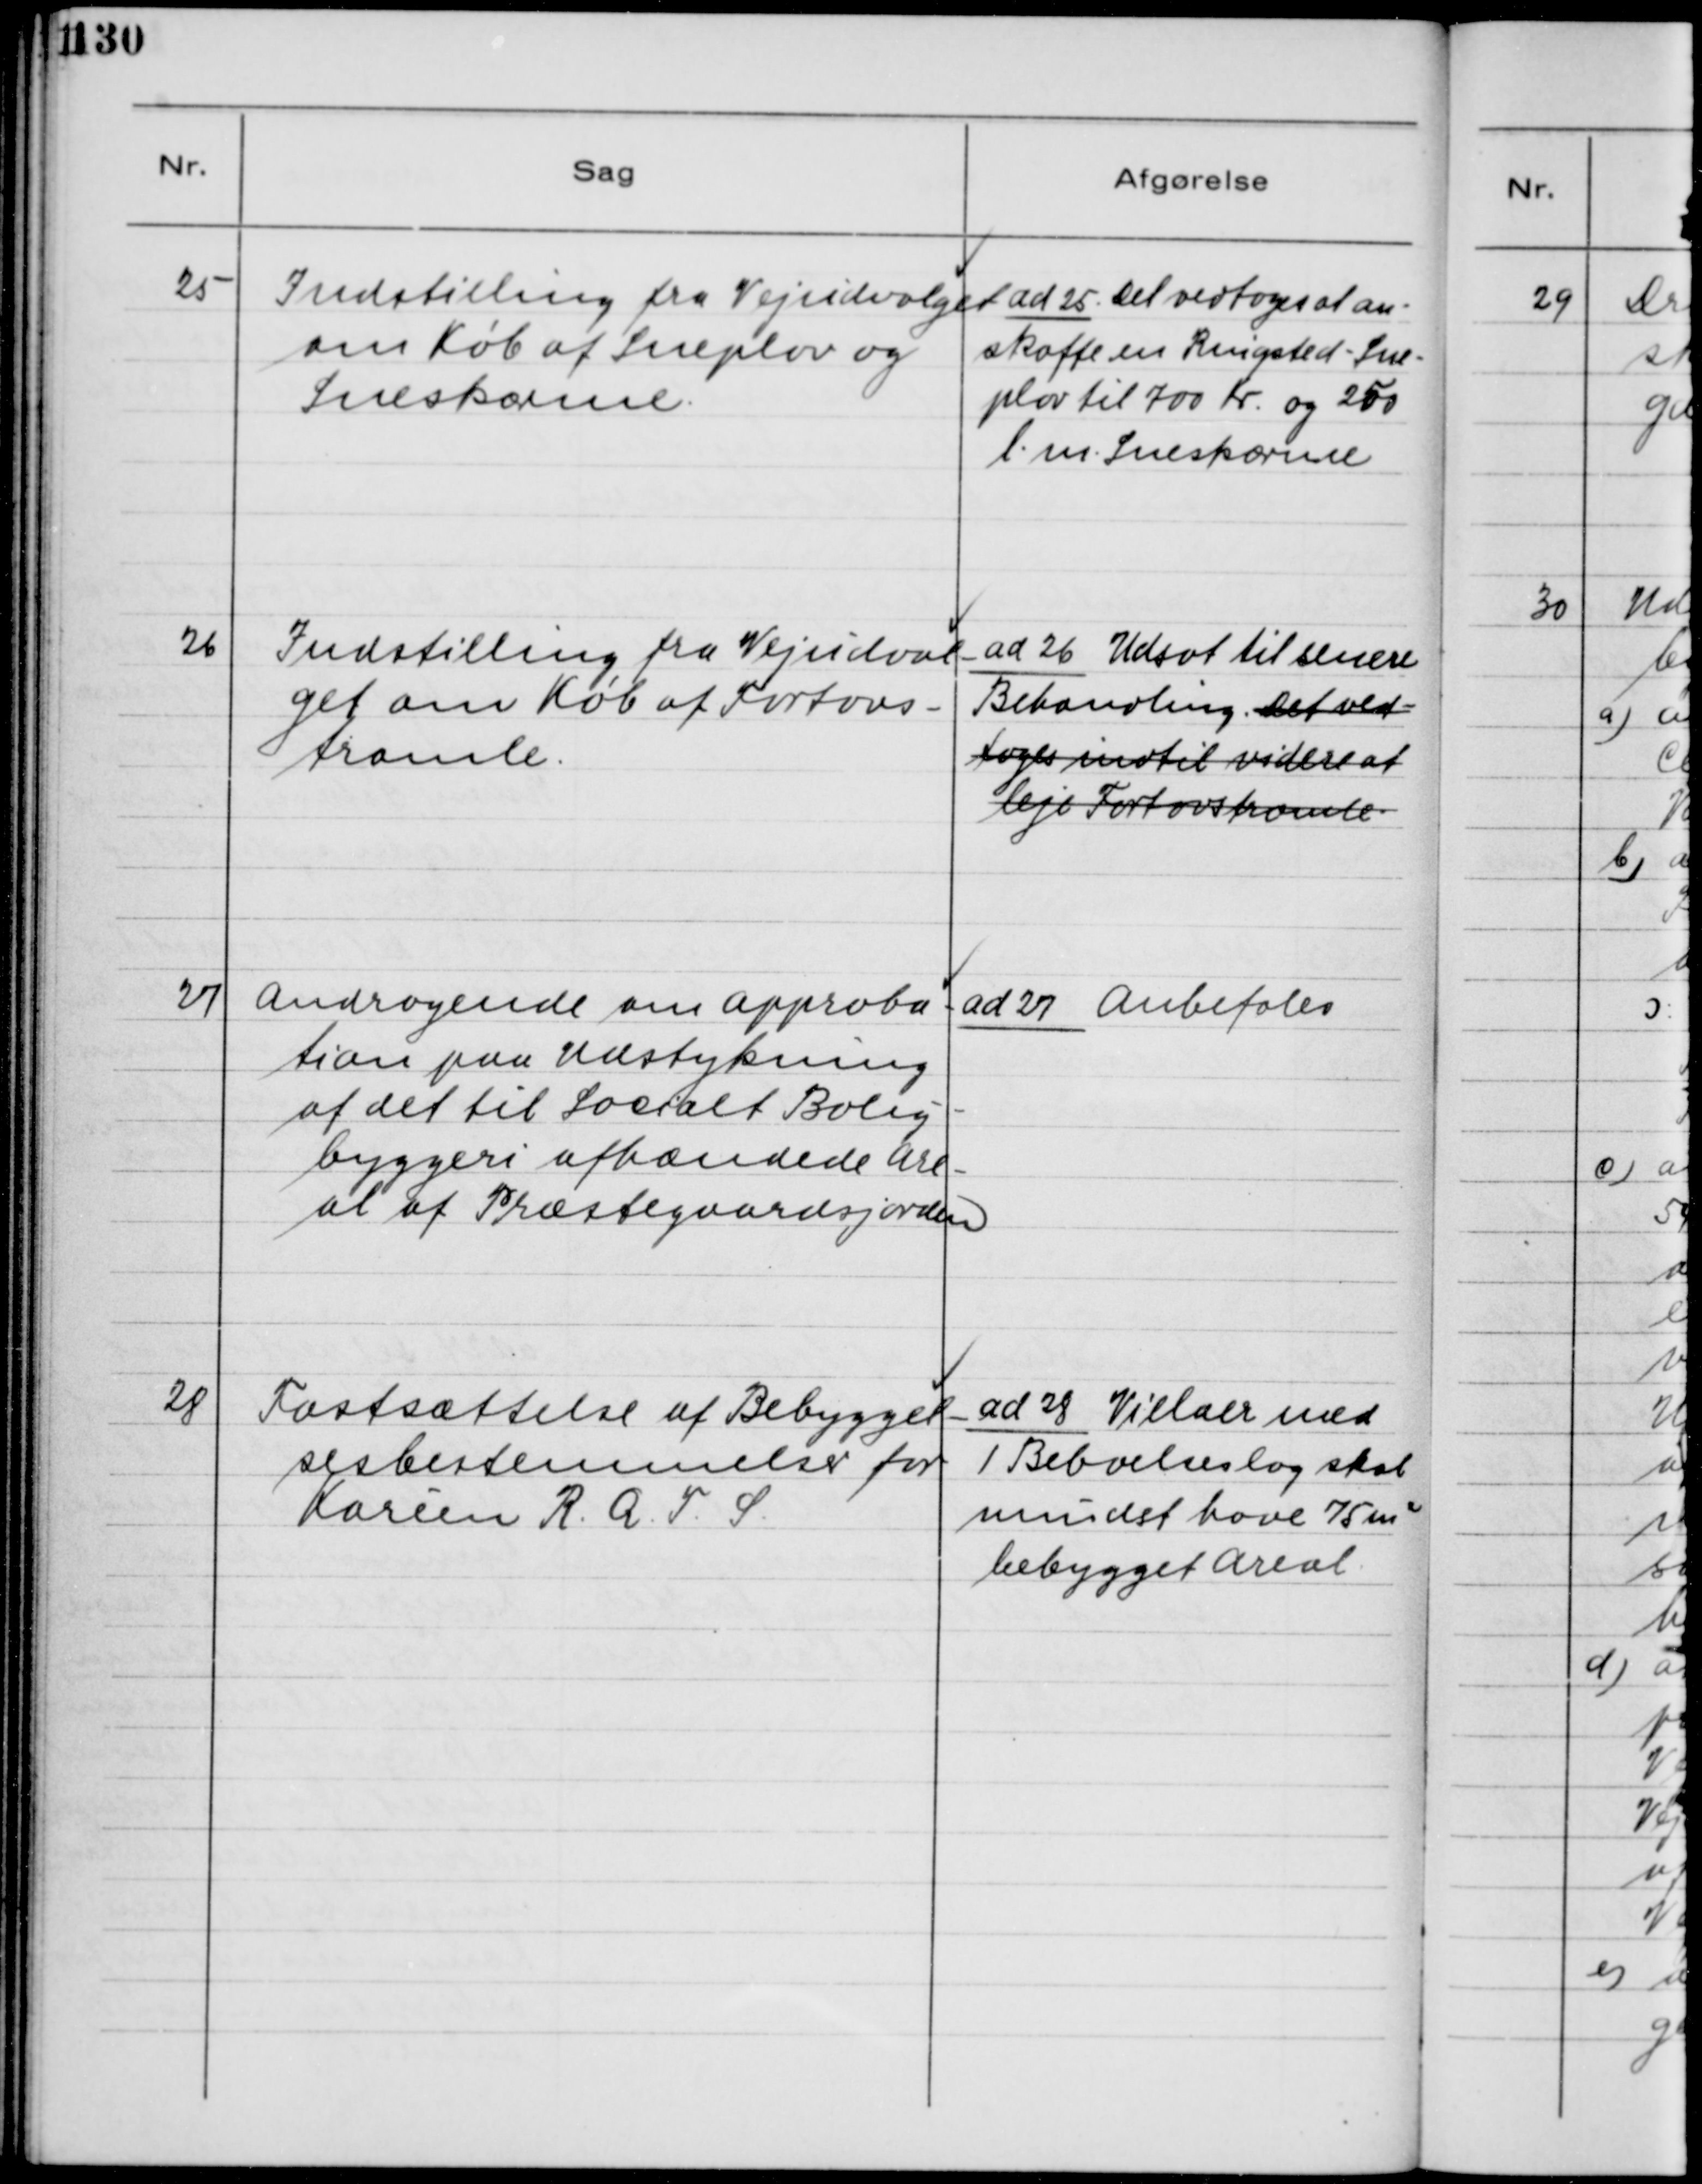
Transskription:
25. Indstilling fra Vejudvalget
om Køb af Sneplov og
Sneskærme.

ad 25. Det vedtoges at an-
skaffe en Ringsted - Sne-
plov til 700 Kr. og 250
l.m. Sneskærme.

26. Indstilling fra Vejudval-
get om Køb af Fortovs-
tromle.

ad 26. Udsat til senere
Behandling. Det ved-
toges indtil videre at
leje Fortovstromle.

27. Andragende om Approba-
tion paa Udstykning
af det til Socialt Bolig-
byggeri afhændede Are-
al af Præstegaardsjorden.

ad 27. Anbefales

28. Fastsættelse af Bebyggel-
sensbestemmelser for
Karéen R.A.F.S.

ad 28. Villaer med
1 Beboelseslag skal
mindst have 75 m2
bebygget Areal.